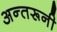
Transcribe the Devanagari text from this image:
अन्तरूनी